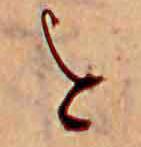
を